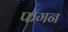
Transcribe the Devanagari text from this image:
फगन